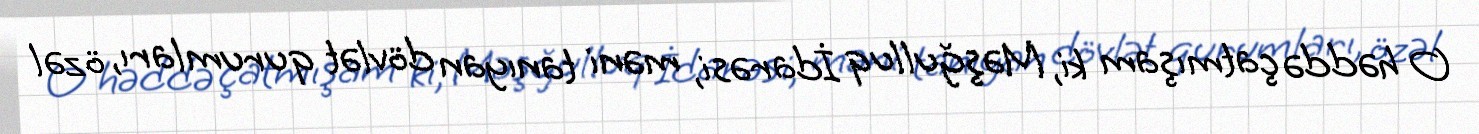
O həddə çatmışam ki, Məşğulluq İdarəsi, məni tanıyan dövlət qurumları, özəl